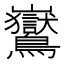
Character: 𪈡